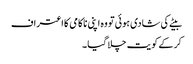
بیٹے کی شادی ہوئی تو وہ اپنی ناکامی کا اعتراف
کر کے کو یت چلا گیا ۔